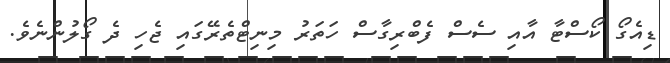
ޑިއެގޯ ކޯސްޓާ އާއި ސެސް ފެބްރިގާސް ހަތަރު މިނިޓްތެރޭގައި ޖެހި ދެ ގޯލުންނެވެ.